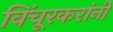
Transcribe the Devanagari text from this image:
विंचूरकरांनीं